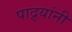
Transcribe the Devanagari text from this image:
पाद्र्यांनी